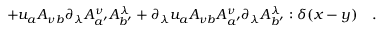
+ u _ { a } A _ { \nu b } \partial _ { \lambda } A _ { a ^ { \prime } } ^ { \nu } A _ { b ^ { \prime } } ^ { \lambda } + \partial _ { \lambda } u _ { a } A _ { \nu b } A _ { a ^ { \prime } } ^ { \nu } \partial _ { \lambda } A _ { b ^ { \prime } } ^ { \lambda } : \delta ( x - y ) \quad .